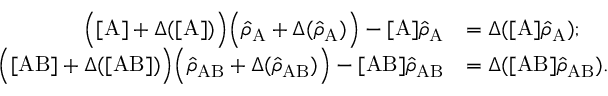
\begin{array} { r l } { \Big ( [ \mathrm { A } ] + \Delta ( [ \mathrm { A } ] ) \Big ) \Big ( \hat { \rho } _ { \mathrm { A } } + \Delta ( \hat { \rho } _ { \mathrm { A } } ) \Big ) - [ \mathrm { A } ] \hat { \rho } _ { \mathrm { A } } } & { = \Delta ( [ \mathrm { A } ] \hat { \rho } _ { \mathrm { A } } ) ; } \\ { \Big ( [ \mathrm { A B } ] + \Delta ( [ \mathrm { A B } ] ) \Big ) \Big ( \hat { \rho } _ { \mathrm { A B } } + \Delta ( \hat { \rho } _ { \mathrm { A B } } ) \Big ) - [ \mathrm { A B } ] \hat { \rho } _ { \mathrm { A B } } } & { = \Delta ( [ \mathrm { A B } ] \hat { \rho } _ { \mathrm { A B } } ) . } \end{array}